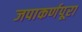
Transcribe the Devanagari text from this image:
जपाकर्णपूरा